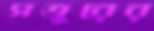
সত্তুরের